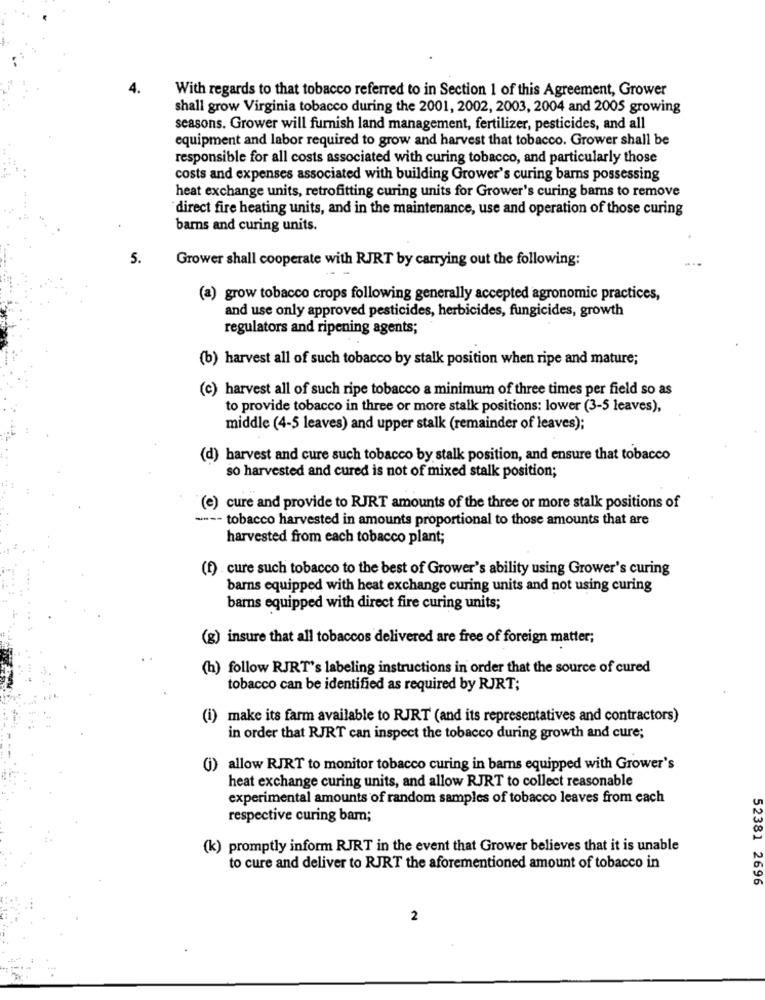
4.
With regards to that tobacco referred to in Section 1 of this Agreement, Grower
shall grow Virginia tobacco during the 2001, 2002, 2003, 2004 and 2005 growing
seasons. Grower will furnish land management, fertilizer, pesticides, and all
equipment and labor required to grow and harvest that tobacco. Grower shall be
responsible for all costs associated with curing tobacco, and particularly those
costs and expenses associated with building Grower's curing barns possessing
heat exchange units, retrofitting curing units for Grower's curing bams to remove
direct fire heating units, and in the maintenance, use and operation of those curing
barns and curing units.
5.
Grower shall cooperate with RJRT by carrying out the following:
(a) grow tobacco crops following generally accepted agronomic practices,
and use only approved pesticides, herbicides, fungicides, growth
regulators and ripening agents;
(b) harvest all of such tobacco by stalk position when ripe and mature;
(c) harvest all of such ripe tobacco a minimum of three times per field so as
to provide tobacco in three or more stalk positions: lower (3-5 leaves),
middle (4-5 leaves) and upper stalk (remainder of leaves);
(d) harvest and cure such tobacco by stalk position, and ensure that tobacco
so harvested and cured is not of mixed stalk position;
(e) cure and provide to RJRT amounts of the three or more stalk positions of
---- tobacco harvested in amounts proportional to those amounts that are
harvested from each tobacco plant;
(f) . cure such tobacco to the best of Grower's ability using Grower's curing
barns equipped with heat exchange curing units and not using curing
barns equipped with direct fire curing units;
(g) insure that all tobaccos delivered are free of foreign matter;
(h) follow RJRT's labeling instructions in order that the source of cured
tobacco can be identified as required by RJRT;
(i) make its farm available to RJRT (and its representatives and contractors)
in order that RJRT can inspect the tobacco during growth and cure;
(j) allow RJRT to monitor tobacco curing in barns equipped with Grower's
heat exchange curing units, and allow RJRT to collect reasonable
experimental amounts of random samples of tobacco leaves from each
respective curing bam;
(k) promptly inform RJRT in the event that Grower believes that it is unable
to cure and deliver to RJRT the aforementioned amount of tobacco in
52381 2696
2